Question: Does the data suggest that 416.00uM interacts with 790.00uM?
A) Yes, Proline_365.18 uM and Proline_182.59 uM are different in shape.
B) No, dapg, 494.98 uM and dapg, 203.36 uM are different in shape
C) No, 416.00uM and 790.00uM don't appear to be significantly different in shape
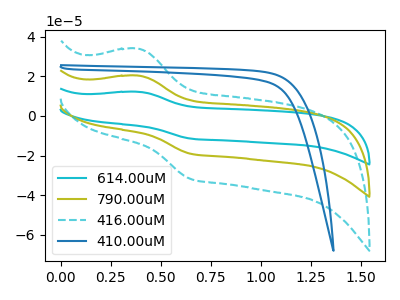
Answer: <think>The cyan curve "614.00uM" has an anodic peak at (0.40V, 40.80uA) and a cathodic peak at (0.65V, -38.15uA). The olive curve "790.00uM" has an anodic peak at (0.40V, 20.40uA) and a cathodic peak at (0.65V, -19.05uA). The cyan dashed curve "416.00uM" has an anodic peak at (0.40V, 34.00uA) and a cathodic peak at (0.65V, -31.80uA). The blue curve "410.00uM" has no peaks.
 All the peaks in "416.00uM" have a peak in "790.00uM" at the same potential. Every peak in "416.00uM" is higher than every peak in "790.00uM".</think>
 <answer>C) No, "416.00uM" and "790.00uM" don't appear to be significantly different in shape</answer>
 <eval>C</eval>